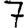
Digit: 7